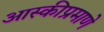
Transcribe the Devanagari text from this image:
आस्कीप्रमाणे